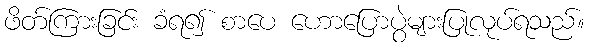
ဖိတ်ကြားခြင်း ခံရ၍ စာပေ ဟောပြောပွဲများပြုလုပ်ရသည်။